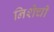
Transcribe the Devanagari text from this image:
निशेची